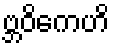
ဗ္ဘဝိကေဟိ